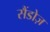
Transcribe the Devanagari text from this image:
सैंडोज़